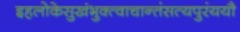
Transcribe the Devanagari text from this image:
इहलोकेसुखंभुक्त्वाचान्तंसत्यपुरंययौ